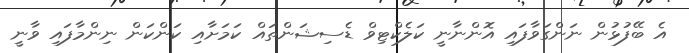
އެ ބޭފުޅުން ނަންގަވާފައި އޮންނާނީ ކަލެކްޓިވް ޑެސިޝަންތައް ކަމަށާއި ކަންކަން ނިންމާފައި ވާނީ